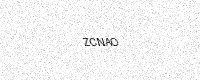
Text: ZCNAO